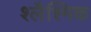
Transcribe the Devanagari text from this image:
श्लैश्मिक